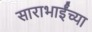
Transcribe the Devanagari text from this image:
साराभाईंच्या